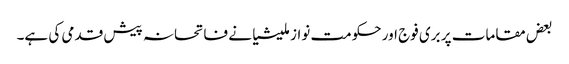
بعض مقامات پر بری فوج اور حکومت نواز ملیشیا نے فاتحانہ پیش قدمی کی ہے۔